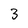
Character: 3